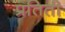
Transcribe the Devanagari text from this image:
प्रतिती